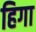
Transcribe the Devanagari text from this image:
हिगा